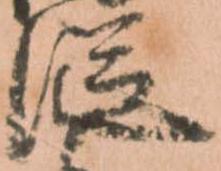
従